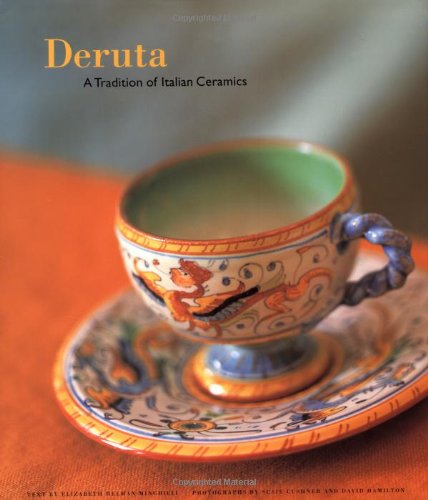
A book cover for Deruta: A Tradition of Italian Ceramics; Elizabeth Helman Minchilli; Crafts, Hobbies & Home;